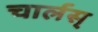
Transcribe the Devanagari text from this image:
चार्लस्‌